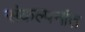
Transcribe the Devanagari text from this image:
संकल्पनांत